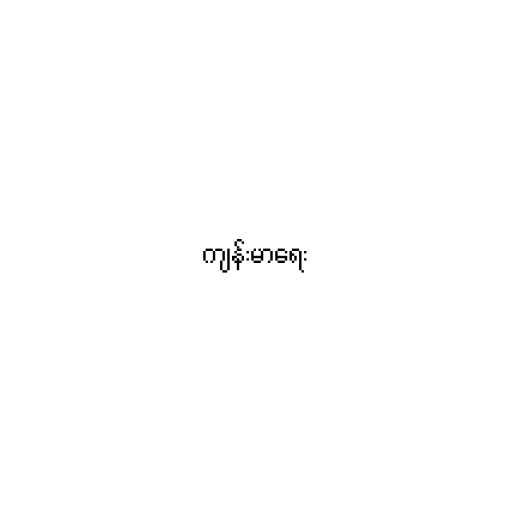
ကျန်းမာရေး